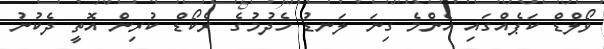
ވޯލްޑް ކަޕެއްގައި އެންމެ ގިނަ ލަނޑު ހެދުމުގެ ރެކޯޑް ކުރިން އޮތީ ދެކުނު